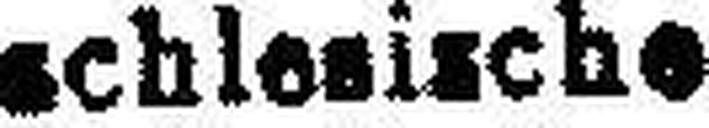
5% " schlesische